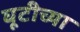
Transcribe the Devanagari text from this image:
घूटीच्या